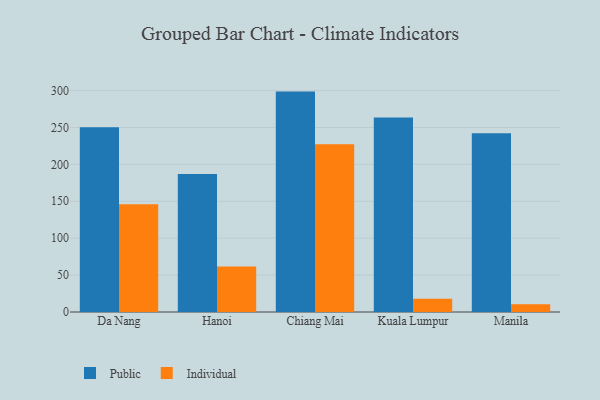
{"axis": {"x": "City", "y": "Inventory Turnover"}, "legend": ["Individual", "Public"], "data": [{"x": "Da Nang", "y": 250.3, "type": "Public"}, {"x": "Da Nang", "y": 145.9, "type": "Individual"}, {"x": "Hanoi", "y": 186.9, "type": "Public"}, {"x": "Hanoi", "y": 61.7, "type": "Individual"}, {"x": "Chiang Mai", "y": 298.6, "type": "Public"}, {"x": "Chiang Mai", "y": 227.1, "type": "Individual"}, {"x": "Kuala Lumpur", "y": 263.6, "type": "Public"}, {"x": "Kuala Lumpur", "y": 18.0, "type": "Individual"}, {"x": "Manila", "y": 242.1, "type": "Public"}, {"x": "Manila", "y": 10.6, "type": "Individual"}]}